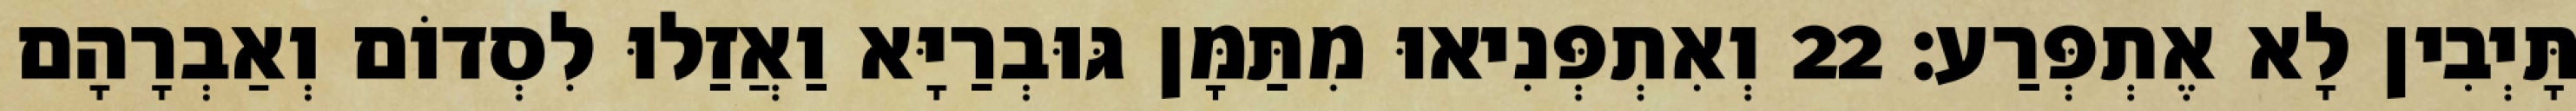
תָּיְבִין לָא אֶתְפְּרַע׃ 22 וְאִתְפְּנִיאוּ מִתַּמָּן גּוּבְרַיָּא וַאֲזַלוּ לִסְדוֹם וְאַבְרָהָם